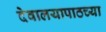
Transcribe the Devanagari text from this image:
देवालयापाठच्या